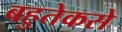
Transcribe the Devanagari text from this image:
बहुतेकसे